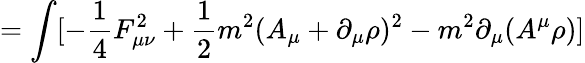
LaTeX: =\int[-\frac{1}{4}F_{\mu\nu}^{2}+\frac{1}{2}m^{2}(A_{\mu}+\partial_{\mu}\rho)^{2}-m^{2}\partial_{\mu}(A^{\mu}\rho)]